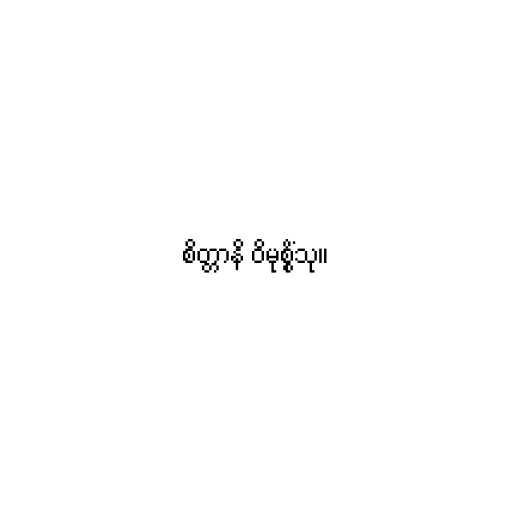
စိတ္တာနိ ဝိမုစ္စိံသု။